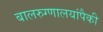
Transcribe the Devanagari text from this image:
बालरुग्णालयांपैकी